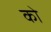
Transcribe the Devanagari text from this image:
को